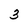
Character: 3